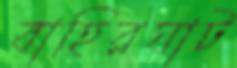
বাহিরঘাট